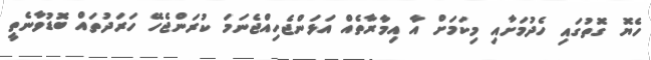
ހެޔޮ ގޮތުގައި ހެދުމަށާއި މިކަމަށް އާ އިމާރާތެއް އަޅަންޖެހިއްޖެނަމަ ކުރަންޖެހޭ ހަރަދުތައް ބޮޑުވާނެތީ